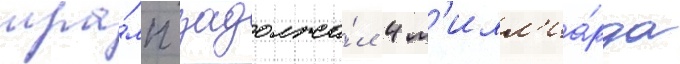
тра́мп задолжа́л 4 м'илл'иа́рда